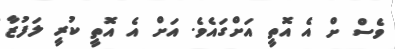
ވެސް ށް އެ އޮތީ އަށްގައެވެ. އަށް އެ އޮތީ ކުރީ ލަފުޒާ